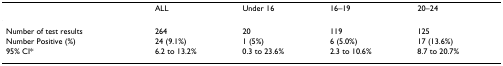
<table><thead><tr><td></td><td><b>ALL</b></td><td><b>Under 16</b></td><td><b>16–19</b></td><td><b>20–24</b></td></tr></thead><tbody><tr><td>Number of test results</td><td>264</td><td>20</td><td>119</td><td>125</td></tr><tr><td>Number Positive (%)</td><td>24 (9.1%)</td><td>1 (5%)</td><td>6 (5.0%)</td><td>17 (13.6%)</td></tr><tr><td>95% CI*</td><td>6.2 to 13.2%</td><td>0.3 to 23.6%</td><td>2.3 to 10.6%</td><td>8.7 to 20.7%</td></tr></tbody></table>